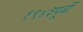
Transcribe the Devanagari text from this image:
१९४३पूर्वी